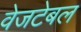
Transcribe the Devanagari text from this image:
वेजटेबल